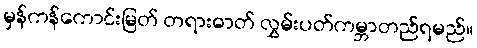
မှန်ကန်ကောင်းမြတ် တရားဓာတ် လွှမ်းပတ်ကမ္ဘာတည်ရမည်။